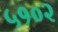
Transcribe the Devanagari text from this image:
५१०२